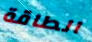
الطاقة